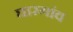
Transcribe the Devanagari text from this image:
घारगांव